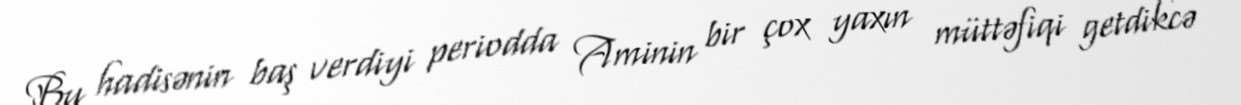
Bu hadisənin baş verdiyi periodda Aminin bir çox yaxın müttəfiqi getdikcə